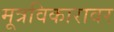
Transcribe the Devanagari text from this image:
मूत्रविकारावर